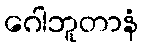
ဂေါဘူတာနံ